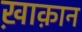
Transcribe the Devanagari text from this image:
ख़ाक़ान